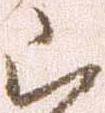
被